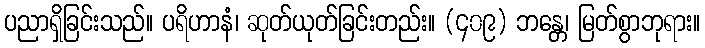
ပညာရှိခြင်းသည်။ ပရိဟာနံ၊ ဆုတ်ယုတ်ခြင်းတည်း။ (၄၀၉) ဘန္တေ၊ မြတ်စွာဘုရား။